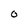
Character: O